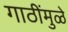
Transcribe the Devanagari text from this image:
गाठींमुळे